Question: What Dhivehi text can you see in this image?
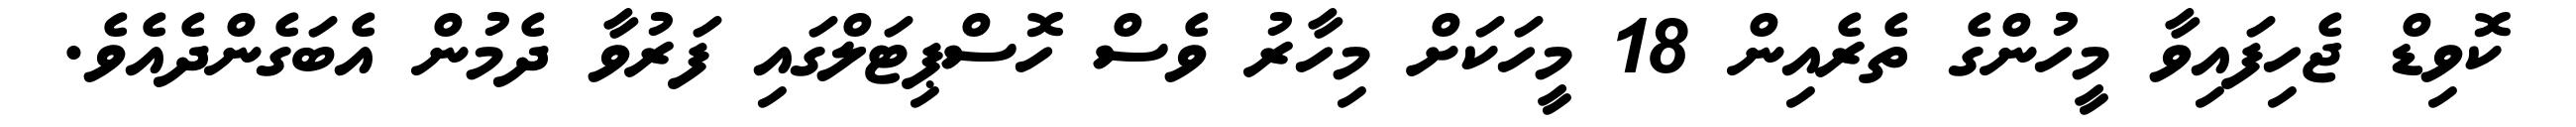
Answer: ކޮވިޑް ޖެހިފައިވާ މީހުންގެ ތެރެއިން 18 މީހަކަށް މިހާރު ވެސް ހޮސްޕިޓަލްގައި ފަރުވާ ދެމުން އެބަގެންދެއެވެ.